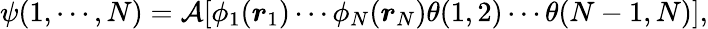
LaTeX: \psi(1,\cdots,N)={\cal A}[\phi_{1}(\boldsymbol{r}_{1})\cdots\phi_{N}(\boldsymbol{r}_{N})\theta(1,2)\cdots\theta(N-1,N)],